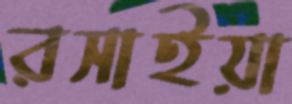
রসাইয়া